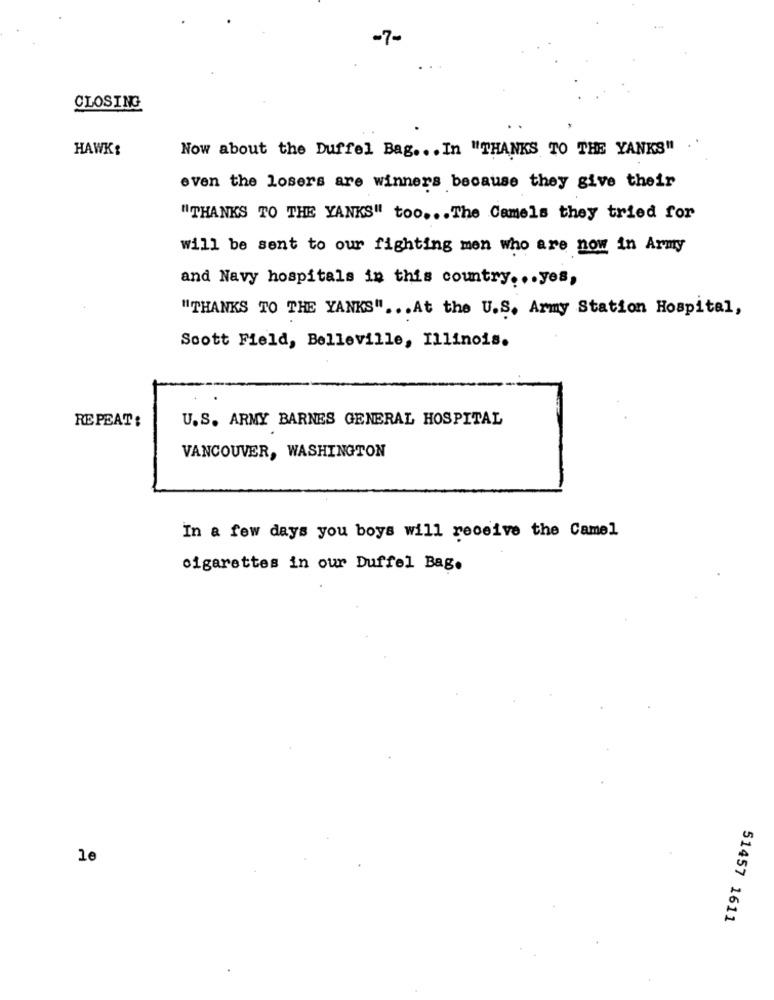
-7-
CLOSING
HAWK:
Now about the Duffel Bag ... In "THANKS TO THE YANKS"
..
even the losers are winners because they give their
"THANKS TO THE YANKS" too ... The Camels they tried for
will be sent to our fighting men who are now in Army
and Navy hospitals in this country ... yes,
"THANKS TO THE YANKS" ... At the U.S. Army Station Hospital,
Soott Field, Belleville, Illinois.
U.S. ARMY BARNES GENERAL HOSPITAL
REPEAT :
VANCOUVER, WASHINGTON
In a few days you boys will receive the Camel
cigarettes in our Duffel Bag.
le
51457 1611